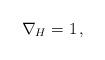
LaTeX: \begin{align*}\nabla_H = 1\,,\end{align*}